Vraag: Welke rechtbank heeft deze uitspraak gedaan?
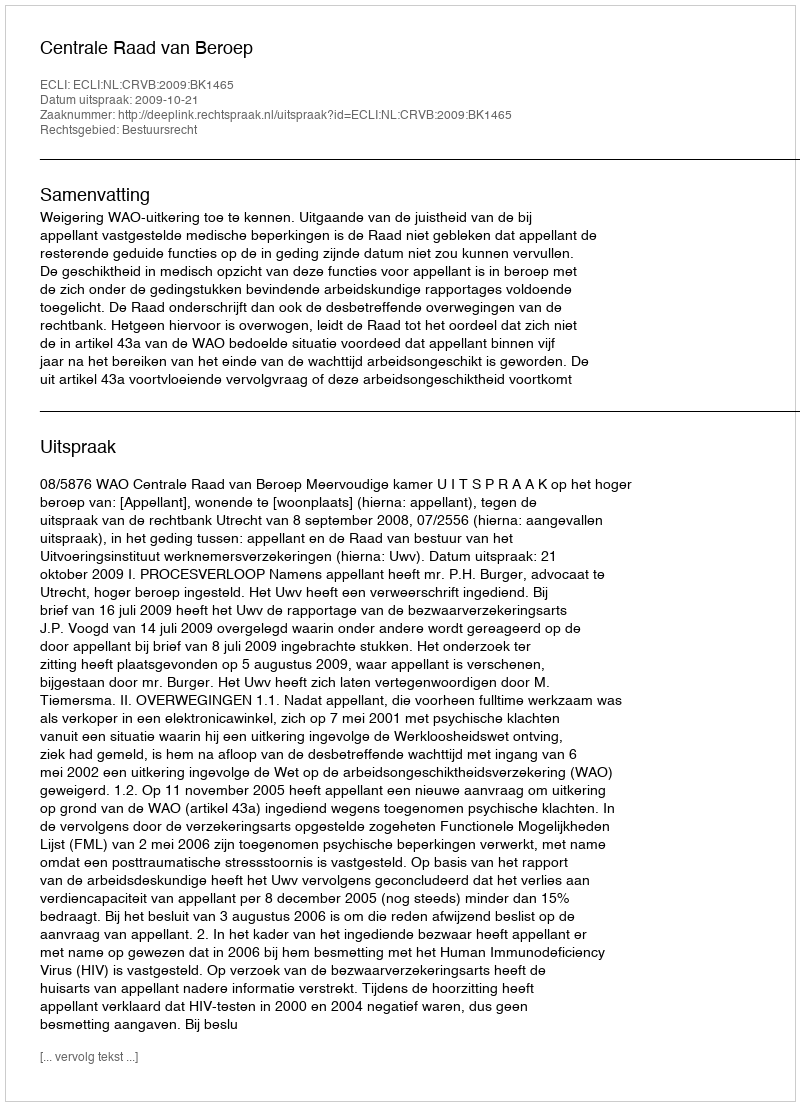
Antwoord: Centrale Raad van Beroep